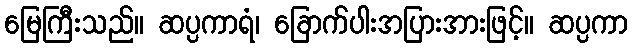
မြေကြီးသည်။ ဆပ္ပကာရံ၊ ခြောက်ပါးအပြားအားဖြင့်။ ဆပ္ပကာ